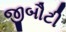
જીબૌટી